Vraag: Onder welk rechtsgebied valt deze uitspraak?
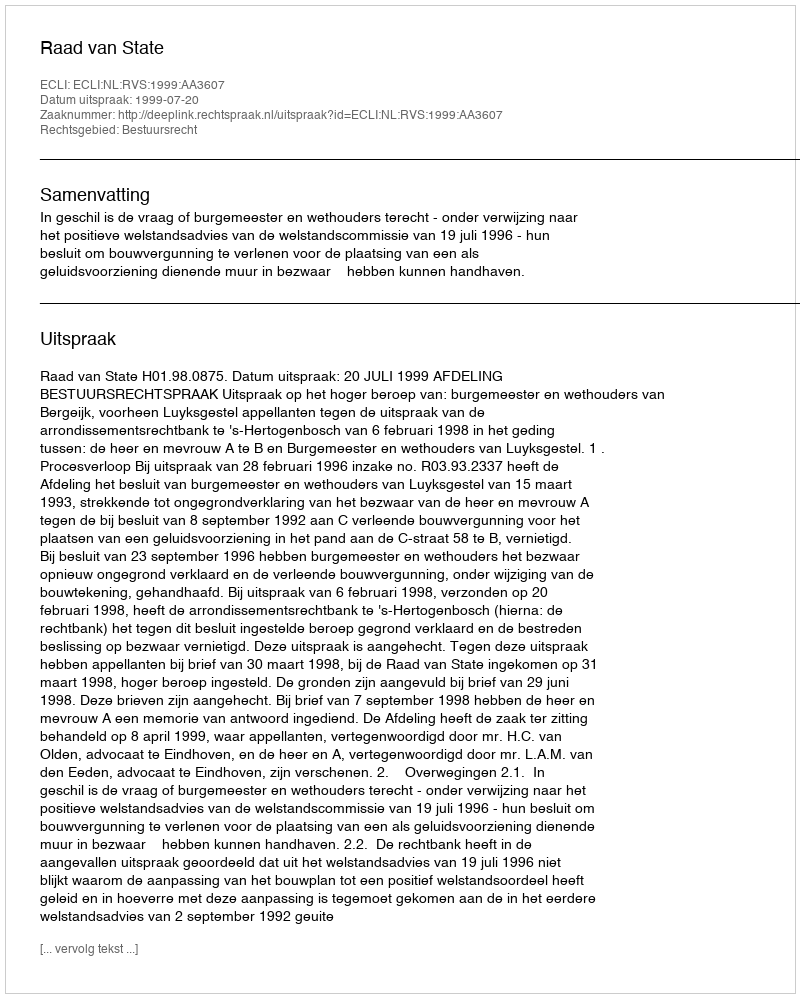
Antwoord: Bestuursrecht